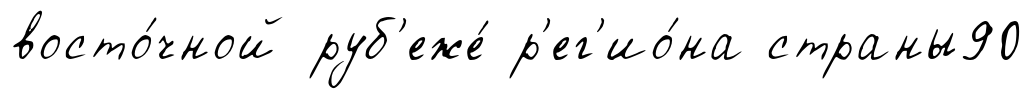
восто́чной руб'еже́ р'ег'ио́на страны90